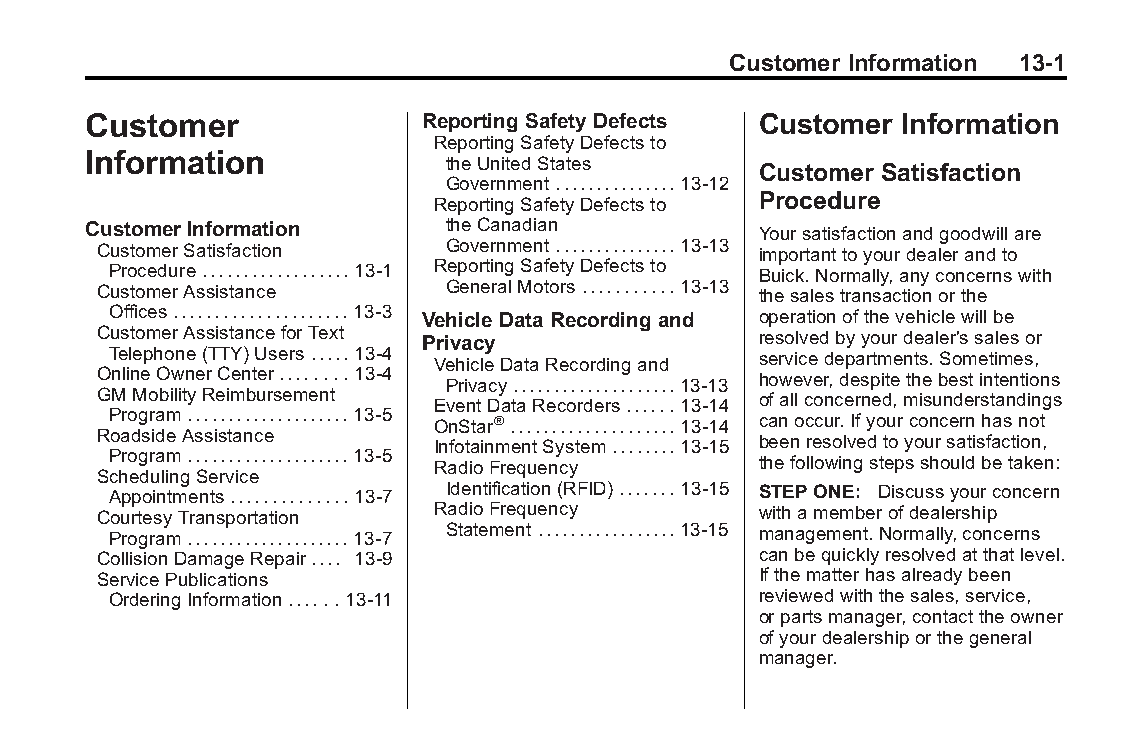
Buick LaCrosse Owner Manual (GMNA-Localizing-U.S./Canada/Mexico- Blackplate(1,1)
 6043609)-2014-2ndEdition-10/17/13
 Customer Information 13-1
 Customer               Reporting Safety Defects Customer Information
 ReportingSafetyDefectsto
 Information
 theUnitedStates
 Customer Satisfaction
 Government...............13-12
 Procedure
 ReportingSafetyDefectsto
 Customer Information    theCanadian          Yoursatisfactionandgoodwillare
 CustomerSatisfaction   Government...............13-13 importanttoyourdealerandto
 Procedure..................13-1 ReportingSafetyDefectsto Buick.Normally,anyconcernswith
 CustomerAssistance     GeneralMotors...........13-13 thesalestransactionorthe
 Offices.....................13-3 Vehicle Data Recording and operationofthevehiclewillbe
 CustomerAssistanceforText Privacy           resolvedbyyourdealer'ssalesor
 Telephone(TTY)Users.....13-4               servicedepartments.Sometimes,
 VehicleDataRecordingand
 OnlineOwnerCenter........13-4 Privacy....................13-13 however,despitethebestintentions
 GMMobilityReimbursement EventDataRecorders......13-14 ofallconcerned,misunderstandings
 Program....................13-5 OnStar®....................13-14 canoccur.Ifyourconcernhasnot
 RoadsideAssistance    InfotainmentSystem........13-15 beenresolvedtoyoursatisfaction,
 Program....................13-5 RadioFrequency thefollowingstepsshouldbetaken:
 SchedulingService
 Appointments..............13-7 Identification(RFID).......13-15 STEPONE: Discussyourconcern
 CourtesyTransportation RadioFrequency       withamemberofdealership
 Program....................13-7 Statement.................13-15 management.Normally,concerns
 CollisionDamageRepair.... 13-9              canbequicklyresolvedatthatlevel.
 ServicePublications                         Ifthematterhasalreadybeen
 OrderingInformation......13-11             reviewedwiththesales,service,
 orpartsmanager,contacttheowner
 ofyourdealershiporthegeneral
 manager.